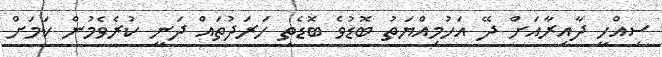
ސިއްހީ ދާއިރާއަށް ދޭ އަހުމިއްޔަތު ބޮޑުވެ ބޮޑެތި ހަރަދުތައް ދަނީ ކުރެވެމުން ކަމަށް